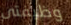
وظيفتى